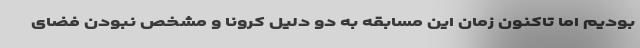
بودیم اما تاکنون زمان این مسابقه به دو دلیل کرونا و مشخص نبودن فضای